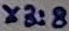
Text: X3:8